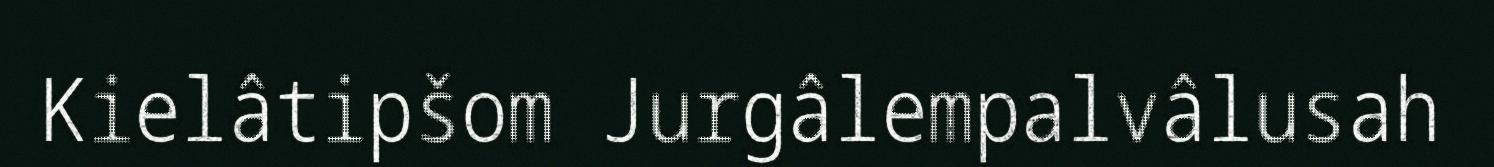
Kielâtipšom Jurgâlempalvâlusah